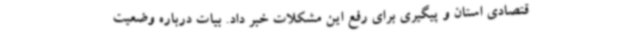
قتصادی استان و پیگیری برای رفع این مشکلات خبر داد. بیات درباره وضعیت